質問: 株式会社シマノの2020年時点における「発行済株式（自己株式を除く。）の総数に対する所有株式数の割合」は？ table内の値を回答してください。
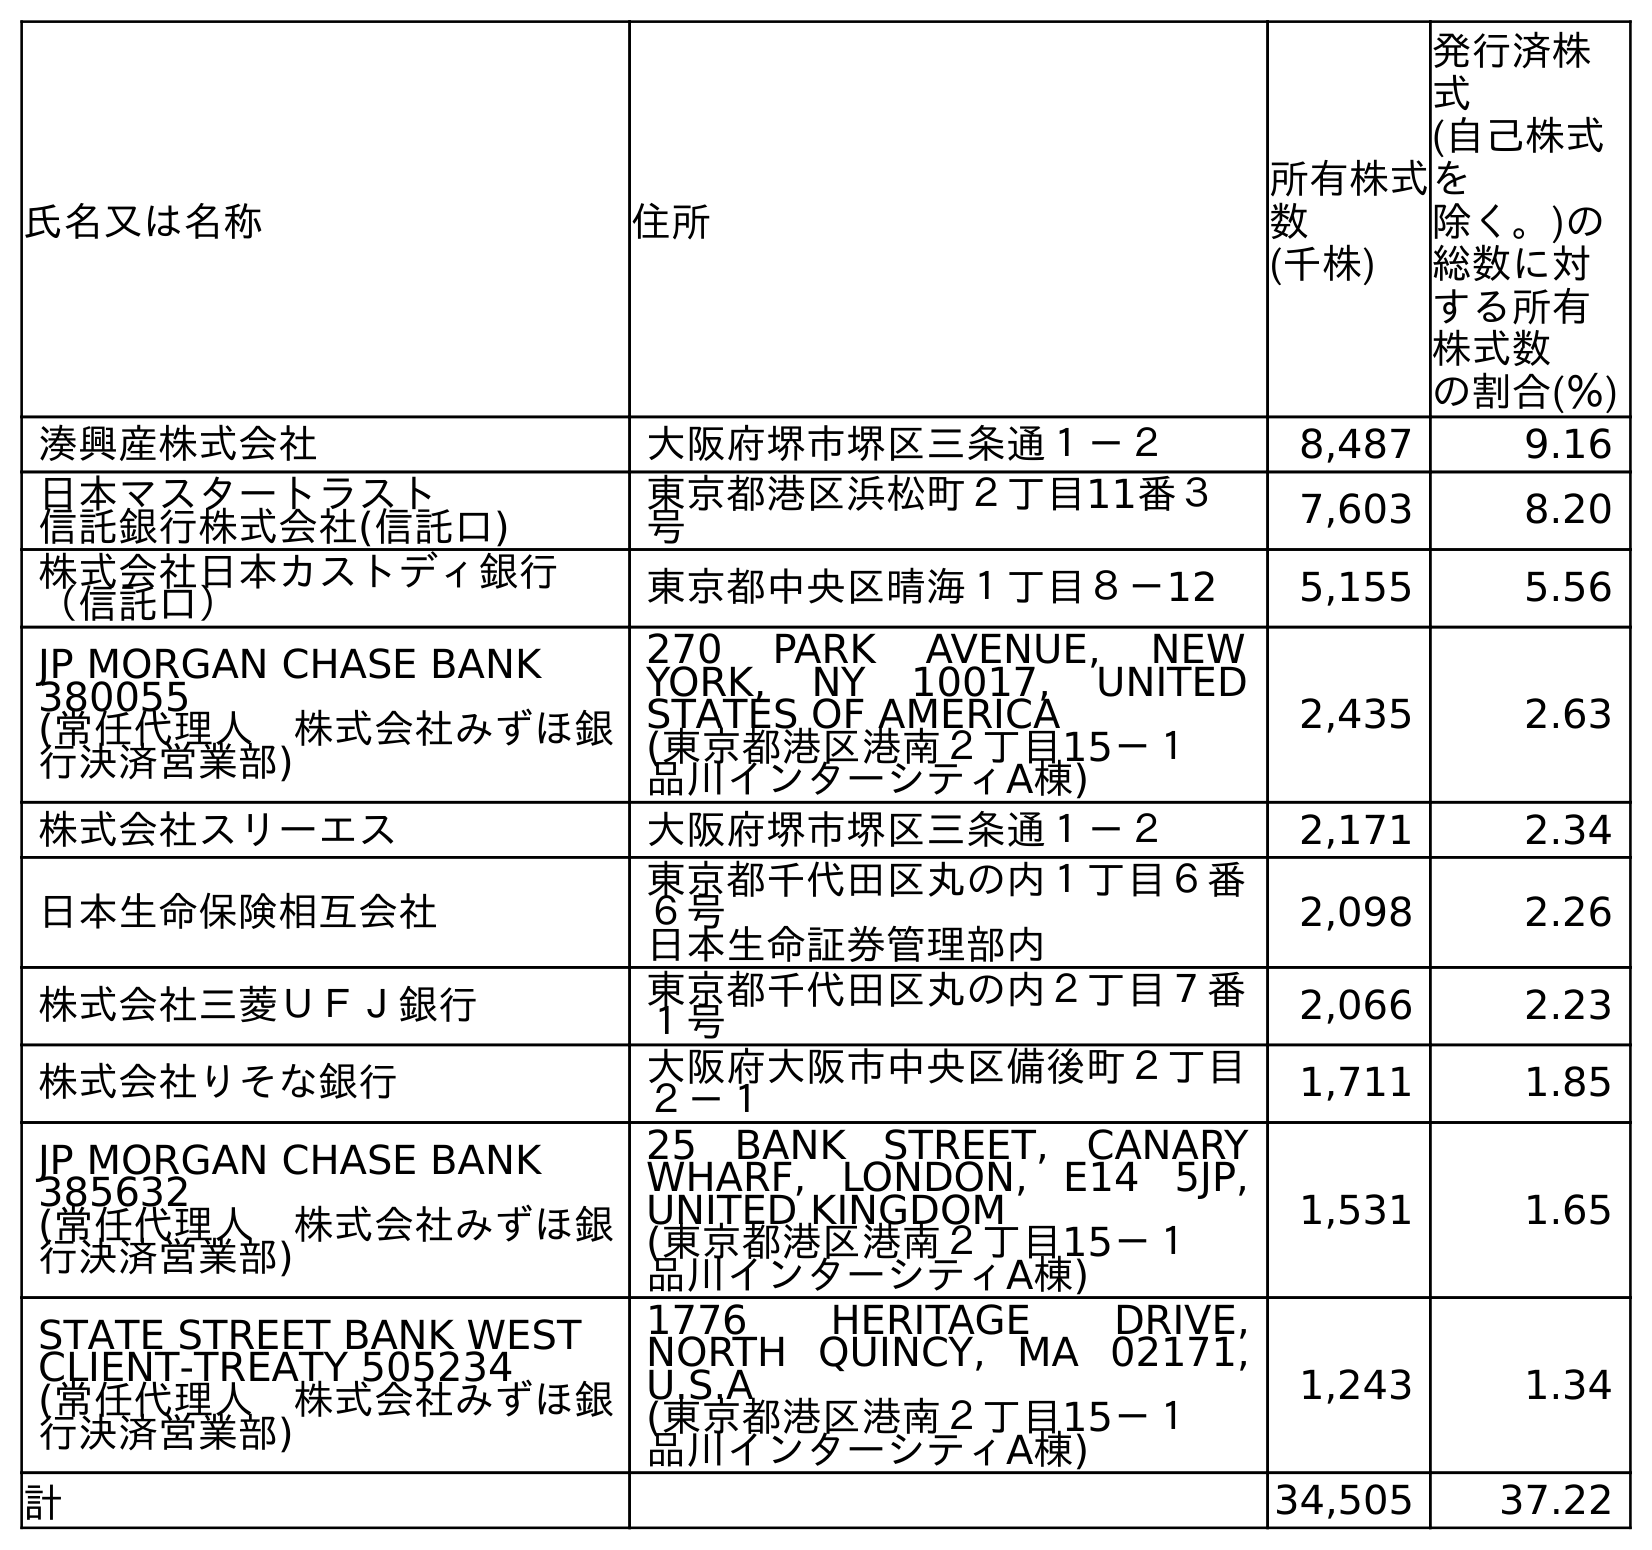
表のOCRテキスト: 氏名又は名称 住所 所有株式 数 (千株) 発行済株 式 (自己株式 を 除く。)の 総数に対 する所有 株式数 の割合(％) 湊興産株式会社 大阪府堺市堺区三条通１－２ 8,487 9.16 日本マスタートラスト 信託銀行株式会社(信託口) 東京都港区浜松町２丁目11番３ 号 7,603 8.20 株式会社日本カストディ銀行 （信託口） 東京都中央区晴海１丁目８－12 5,155 5.56 JP MORGAN CHASE BANK 380055 (常任代理人 株式会社みずほ銀 行決済営業部) 270 PARK AVENUE, NEW YORK, NY 10017, UNITED STATES OF AMERICA (東京都港区港南２丁目15－１ 品川インターシティA棟) 2,435 2.63 株式会社スリーエス 大阪府堺市堺区三条通１－２ 2,171 2.34 日本生命保険相互会社 東京都千代田区丸の内１丁目６番 ６号 日本生命証券管理部内 2,098 2.26 株式会社三菱ＵＦＪ銀行 東京都千代田区丸の内２丁目７番 １号 2,066 2.23 株式会社りそな銀行 大阪府大阪市中央区備後町２丁目 ２－１ 1,711 1.85 JP MORGAN CHASE BANK 385632 (常任代理人 株式会社みずほ銀 行決済営業部) 25 BANK STREET, CANARY WHARF, LONDON, E14 5JP, UNITED KINGDOM (東京都港区港南２丁目15－１ 品川インターシティA棟) 1,531 1.65 STATE STREET BANK WEST CLIENT-TREATY 505234 (常任代理人 株式会社みずほ銀 行決済営業部) 1776 HERITAGE DRIVE, NORTH QUINCY, MA 02171, U.S.A (東京都港区港南２丁目15－１ 品川インターシティA棟) 1,243 1.34 計 34,505 37.22
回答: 37.22